Annual report of the Civil Veterinary Department, Bengal, for the year 1897-98 - 1897-1898
Year: 1897
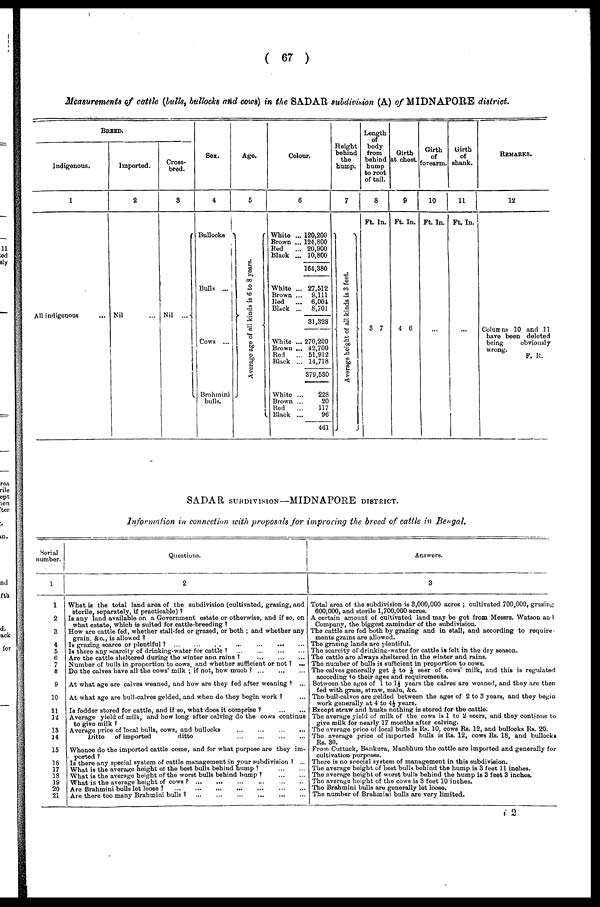
( 67 )
Measurements of cattle (bulls, bullocks and cows) in the SADAR subdivision (A) of MIDNAPORE district.
BREED.
Indigenous.
1
All
indigeaoue
...
Imported.
2
Nil
Cross-
bred.
3
Nil
...
Sex.
4
Bullocks
Bulls ...
Cows ...
Brahmini
bulls.
Age.
5
Ave r
a ge age of al l ki nds is 6 to 8 years.
colour.
6
White
Brown
Red
Black
White
Brown
Red
Black
White
Brown
Red
Black
White
Brown
Bed
Black
... 120,200
... 124,800
... 20,900
... 10,800
164,380
... 27,512
... 9,111
...
6,00i
... 8,701
31,328
270,200
42,700
51,912
14,718
379,530
228
20
117
96
461
Height
behind
the
hump.
7
Ave r
a ge h e i g h t of al l ki nds is 3 feet .
Length
body
from
behind
hump
to root
of tail.
8
Ft. In.
3 7
Girth
at chest
9
Ft. In.
4 6
Girth
of
forearm.
10
Ft. In.
...
Girth
of
shank.
11
Ft. In.
...
REMARKS.
12
Columns 10 and 11
have been deleted
being
obviously
wrong.
F. R.
SADAR SUBDIVISION—MIDNAPORE DISTRICT.
Information in connection with proposals for improving the breed of cattle in Bengal.
Serial
number.
2
3
4
5
6 7
8
9
10
11
12
13
14
15
16
17
18
19
20
21
Questions.
2
What is the total land area of the subdivision (cultivated, grazing, and
sterile, separately, if practicable) ?
Is any land available on a Government estate or otherwise, and if so, on
what estate, which is suited for cattle-breeding ?
How are cattle fed, whether stall-fed or grazed, or both ; and whether any
grain. &c, is allowed ?
Is grazing scarce or plentiful ? ...
...
...
...
...
Is there any scarcity of drinking-water for cattle
?
...
...
...
...
Are the cattle sheltered during the winter ana rains ? ... ... ...
Number of bulls in proportion to cows, and whether sufficient or not ? ...
Do the calves have all the cows' milk ; if not, how much ?
...
...
...
At what age are calves weaned, and bow are they fed after weaning ? ...
At what age are bull-calves gelded, and when do they begin work ? ...
Is fodder stored for cattle, and if so, what does it comprise ? ... ...
Average yield of milk, and how long after calving do the cows continue
to give milk ?
Average price of local bulls, cows, and bullocks
...
...
...
...
Ditto
of imported
ditto ... ... ... ...
Whence do the imported cattle come, and for what purpose are they im.
ported ?
Is there any special system of cattle management in your subdivision ? ...
What is the average height of the best bulls behind hump ? ... ...
What is the average height of the worst bulls behind hump
?
...
...
What is the average height of cows ? ... ... ... ... ... ...
Are Brahmini bulls lot loose ?
...
...
...
...
...
...
...
Are there too many Brahmini bulls
?
...
...
...
...
...
...
...
Answers.
3
Total area of the subdivision is 3,000,000 acres ; cultivated 700,000, grazing
600,000, and sterile 1,700,000 acres.
A certain amount of cultivated land may bo got from Messrs. Watson an 1
Company, the biggest zamindar of the subdivision.
The cattle are fed both by grazing and in stall, and according to require
ments grains are allowed.
The grazing lands are plentiful.
The scarcity of drinking-water for cattle is felt in the dry season.
The cattle are always sheltered in the winter and ruins.
The number of bulls is sufficient in proportion to cows.
The calves generally get ¼ to 1/6 seer of cows' milk, and this is regulated
according to their ages and requirements.
Between the ages of 1 to 1½ years the calves are wonned, and they are then
fed with grass, straw, malu, &c.
The bull-calves are gelded between the ages of 2 to 3 years, and they begin
work generally at 4 to 4½ years.
Except straw and husks nothing is stored for the cattle.
The average yield of milk of the cows is 1 to 2 secrs, and they continue to
give milk for nearly 17 months after calving.
The sverage pricw of local bulls is Rs. 10, cows Rs. 12, and bullocks Rs. 20.
The average price of imported bulls is Rs. 12, cows Rs. 18, and bullocks
Rs. 80.
From Cuttack, Bankura, Manbhum the cattle are imported and generally for
cultivation purposes.
There is no special system of management in this subdivision.
The average height of best bulls behind the hump is 3 feet 11 inches.
The average height of worst bulls behind the hump is 3 feet 3 inches.
The average height of the cows is 3 feet 10 inches.
The Brahmini bulls are generally lot loose.
The number of Brahmini bulls are very limited,
i 2